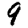
Digit: 9